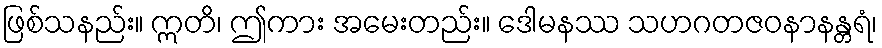
ဖြစ်သနည်း။ ဣတိ၊ ဤကား အမေးတည်း။ ဒေါမနဿ သဟဂတဇဝနာနန္တရံ၊